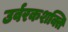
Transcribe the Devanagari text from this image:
उर्वरकशक्ति